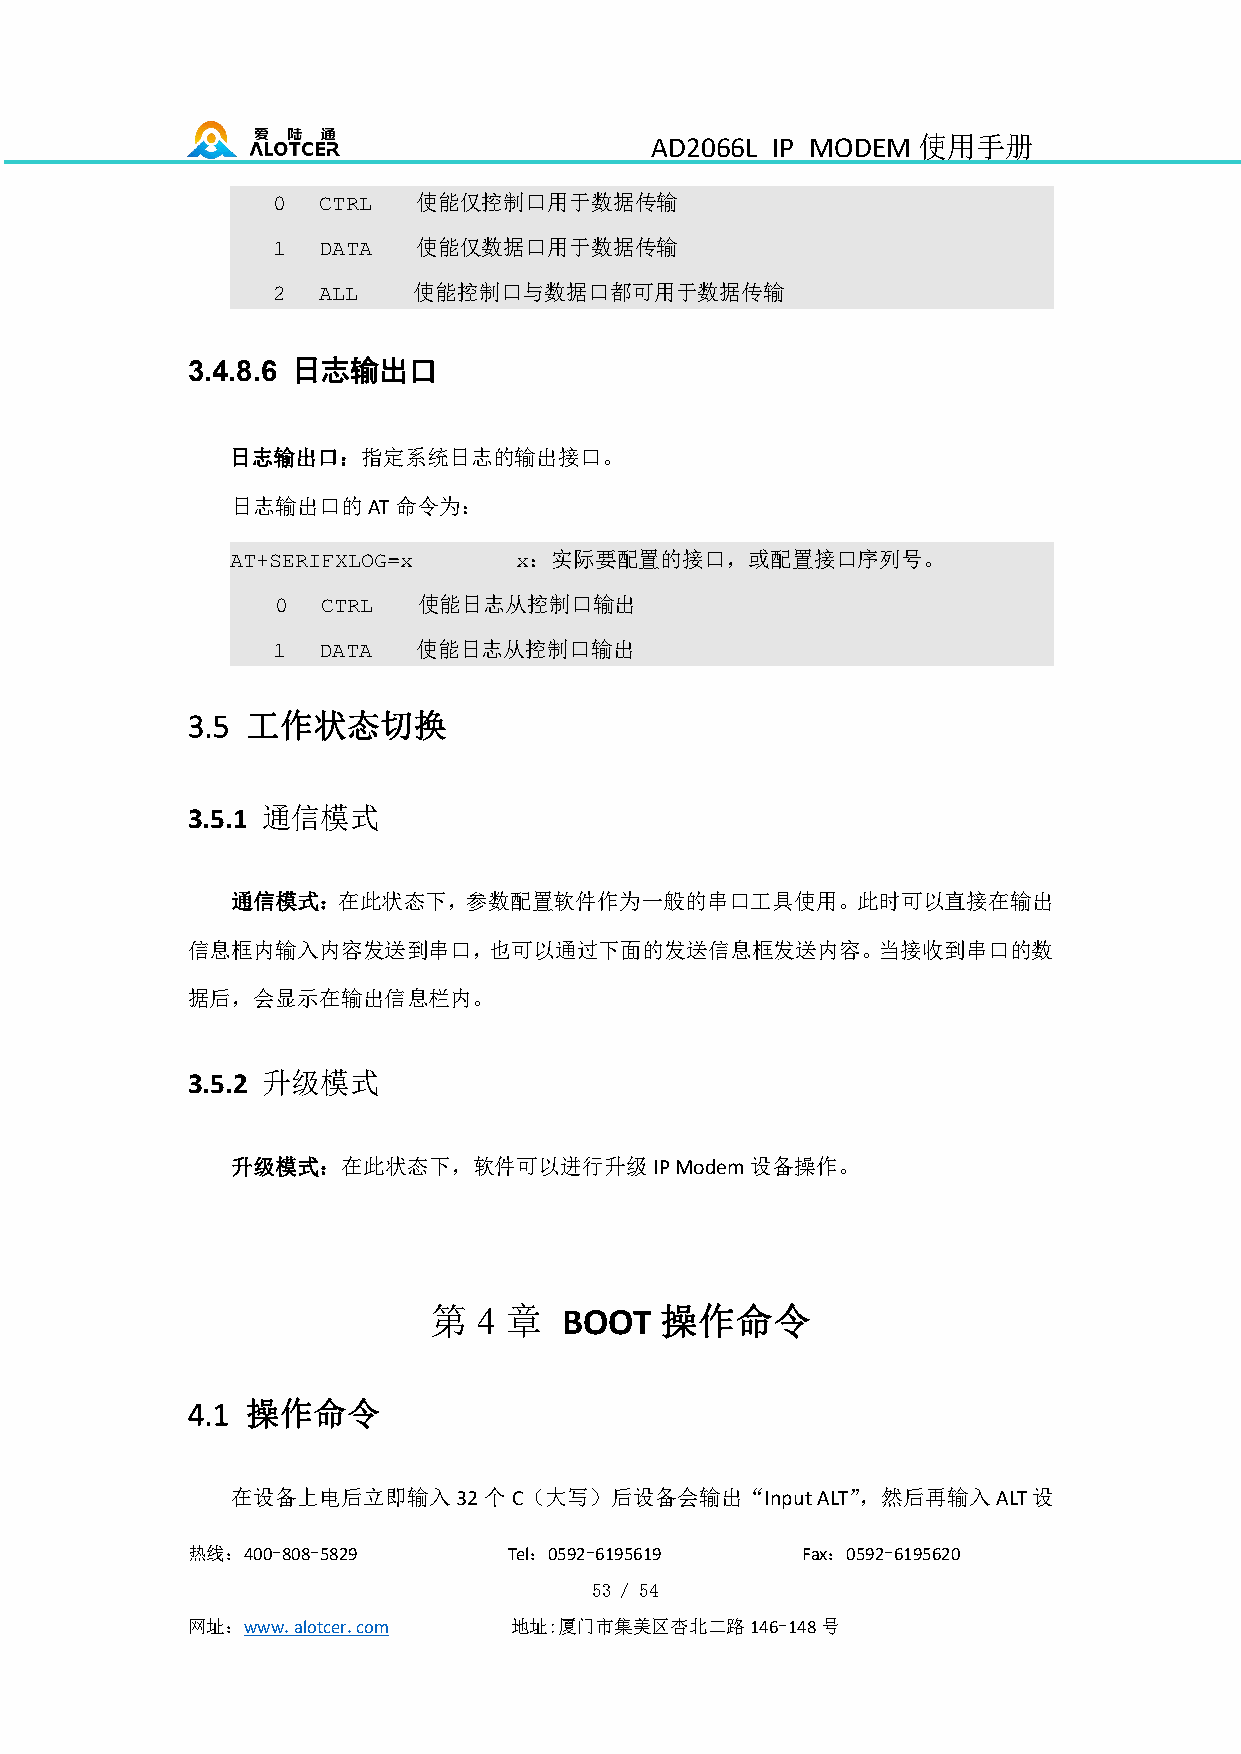
AD2066L IP MODEM  使用手册
 使能仅控制口用于数据传输
 0  CTRL
 使能仅数据口用于数据传输
 1  DATA
 使能控制口与数据口都可用于数据传输
 2  ALL
 日志输出口
 3.4.8.6
 日志输出口：指定系统日志的输出接口。
 日志输出口的AT命令为：
 ：实际要配置的接口，或配置接口序列号。
 AT+SERIFXLOG=x     x
 使能日志从控制口输出
 0  CTRL
 使能日志从控制口输出
 1  DATA
 3.5 工作状态切换
 3.5.1 通信模式
 通信模式：在此状态下，参数配置软件作为一般的串口工具使用。此时可以直接在输出
 信息框内输入内容发送到串口，也可以通过下面的发送信息框发送内容。当接收到串口的数
 据后，会显示在输出信息栏内。
 3.5.2 升级模式
 升级模式：在此状态下，软件可以进行升级IPModem设备操作。
 第   4 章  BOOT   操作命令
 4.1 操作命令
 在设备上电后立即输入32个C（大写）后设备会输出“InputALT”，然后再输入ALT设
 热线：400-808-5829       Tel：0592-6195619   Fax：0592-6195620
 53 / 54
 网址：www.alotcer.com    地址:厦门市集美区杏北二路146-148号